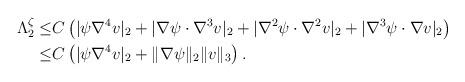
LaTeX: \begin{align*}\Lambda^\zeta_2\leq& C\left(|\psi \nabla^4 v|_2+|\nabla \psi\cdot\nabla^3 v|_2+|\nabla^2 \psi\cdot\nabla^2 v|_2+|\nabla^3 \psi\cdot\nabla v|_2\right)\\\leq & C\left(|\psi \nabla^4 v|_2+\|\nabla\psi\|_2 \|v\|_3\right).\end{align*}